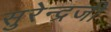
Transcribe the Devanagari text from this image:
सुरेन्द्रजी